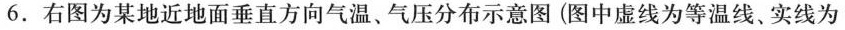
6.右图为某地近地面垂直方向气温、气压分布示意图(图中虚线为等温线、实线为